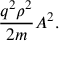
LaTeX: { \frac { q ^ { 2 } \rho ^ { 2 } } { 2 m } } A ^ { 2 } .